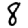
Digit: 8